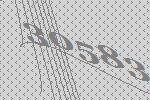
30583